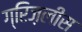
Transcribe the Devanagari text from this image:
ग्रिज़लीस